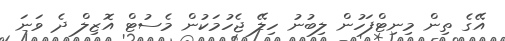
އޭގެ ތިން މިނިޓްފަހުން ލިބުނު ހިލޭ ޖެހުމަކުން މެސުޓް އޮޒިލް ދެ ވަނަ